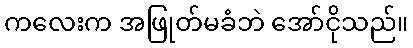
ကလေးက အဖြုတ်မခံဘဲ အော်ငိုသည်။